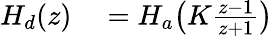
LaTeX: \begin{array}{rl}{H_{d}(z)}&{{}=H_{a}{\bigl(}K{\frac{z-1}{z+1}}{\bigr)}}\end{array}